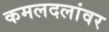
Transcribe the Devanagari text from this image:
कमलदलांवर